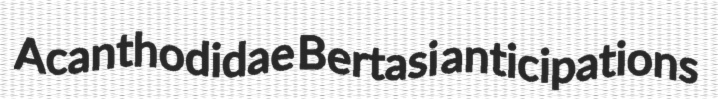
Acanthodidae Bertasi anticipations